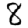
Digit: 8